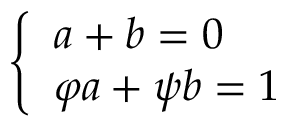
\left\{ { \begin{array} { l } { a + b = 0 } \\ { \varphi a + \psi b = 1 } \end{array} } \right.